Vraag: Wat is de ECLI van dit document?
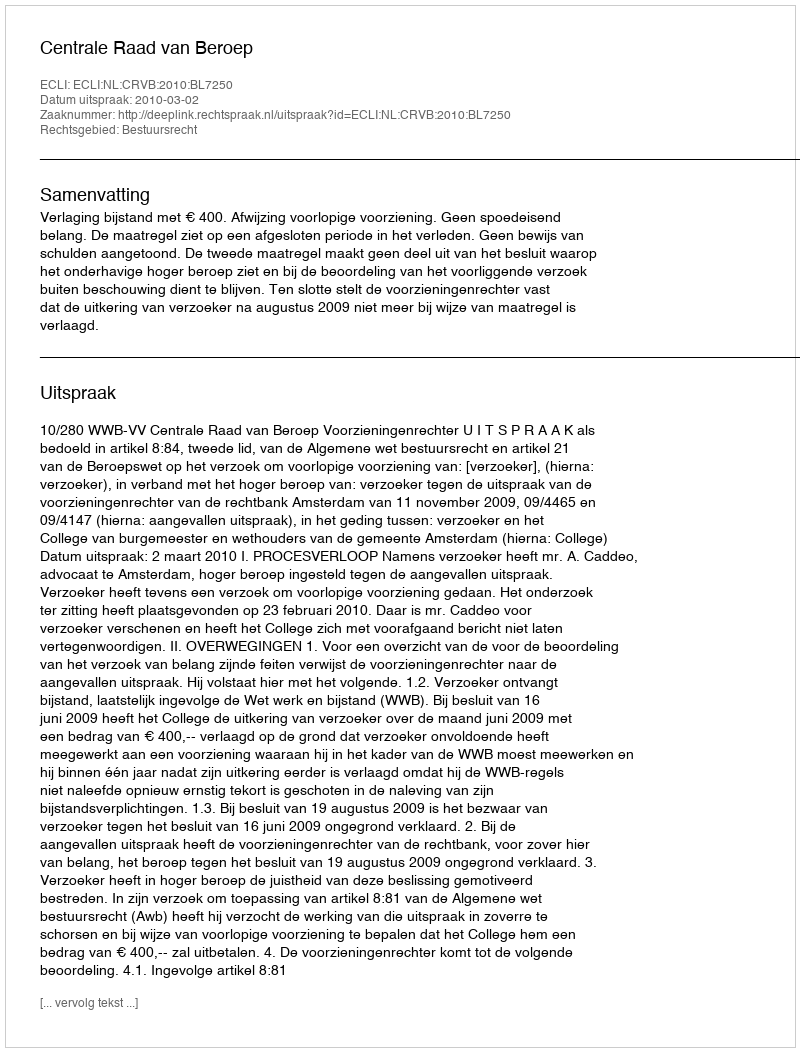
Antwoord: ECLI:NL:CRVB:2010:BL7250